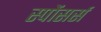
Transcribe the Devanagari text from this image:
स्पोंसर्स